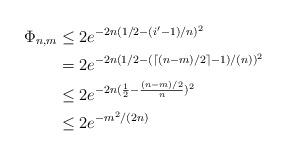
LaTeX: \begin{align*} \Phi_{n,m} & \leq 2 e^{-2n (1/2 - ( i' - 1 )/n)^2 } \\& = 2 e^{-2n (1/2 - ( \lceil (n-m)/2 \rceil - 1)/(n) )^2} \\& \leq 2 e^{-2n(\frac{1}{2} - \frac{(n-m)/2}{n})^2} \\& \leq 2 e^{-m^2/(2n)}\end{align*}